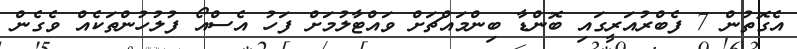
އެގޮތުން 7 ފެބްރުއަރީގައި ބޮންޑާ ބިންމައްޗަށް ވައްޓާލުމަށް ފަހު އެސްއޯ ފުލުހުންތަކެއް ވެގެން